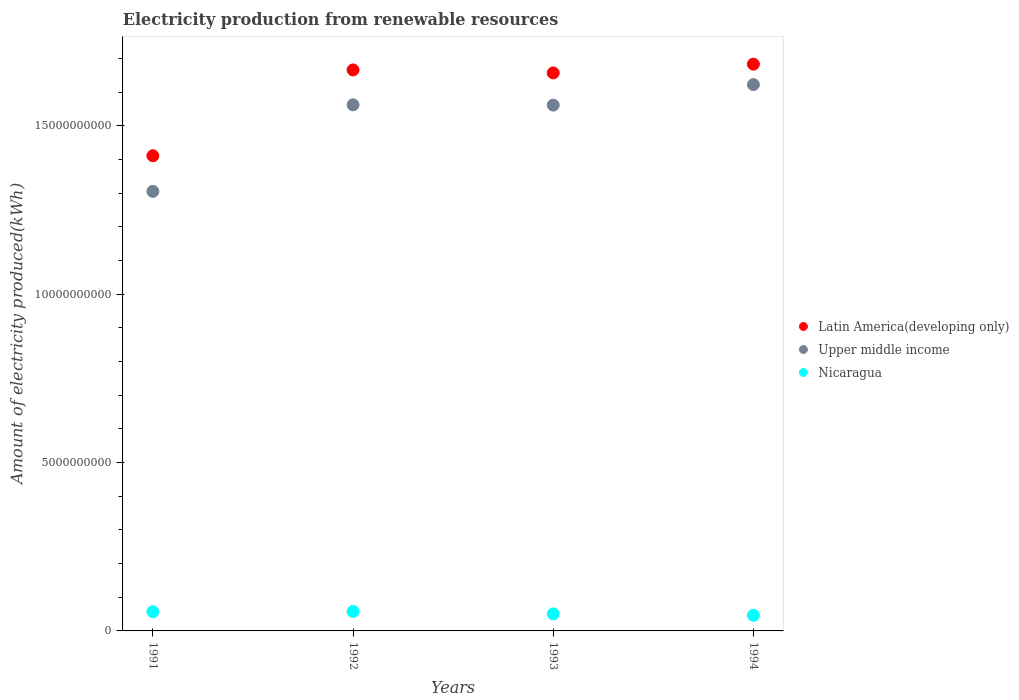
| Years | Latin America(developing only) | Upper middle income | Nicaragua |
 | --- | --- | --- | --- |
 | 1991 | 1.41e+10 | 1.31e+10 | 5.71e+08 |
 | 1992 | 1.67e+10 | 1.56e+10 | 5.78e+08 |
 | 1993 | 1.66e+10 | 1.56e+10 | 5.06e+08 |
 | 1994 | 1.68e+10 | 1.62e+10 | 4.63e+08 |